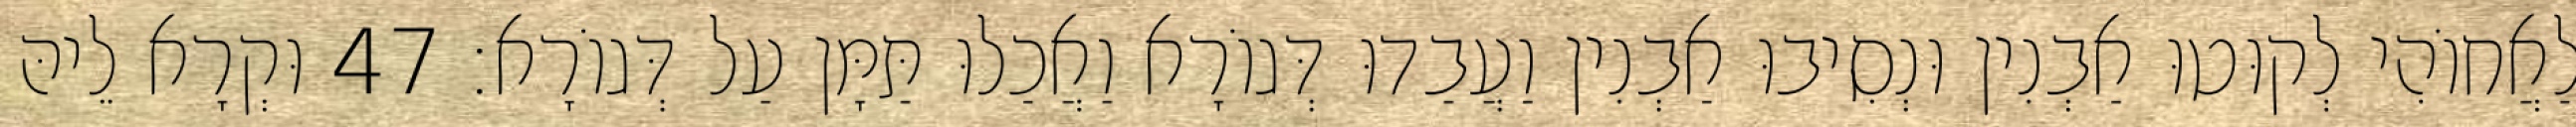
לַאֲחוֹהִי לְקוּטוּ אַבְנִין וּנְסִיבוּ אַבְנִין וַעֲבַדוּ דְּגוֹרָא וַאֲכַלוּ תַּמָּן עַל דְּגוֹרָא׃ 47 וּקְרָא לֵיהּ